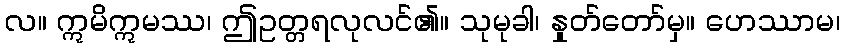
လ။ ဣမိဣမဿ၊ ဤဥတ္တရလုလင်၏။ သုမုခါ၊ နှုတ်တော်မှ။ ဟေဿာမ၊